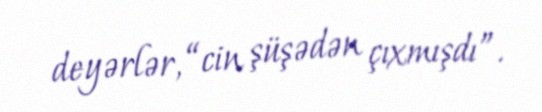
deyərlər, “cin şüşədən çıxmışdı”.